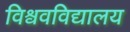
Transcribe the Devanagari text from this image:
विश्ववविद्यालय